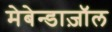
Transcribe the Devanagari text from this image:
मेबेन्डाज़ॉल